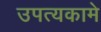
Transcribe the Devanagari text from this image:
उपत्यकामे